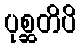
ပုစ္ဆတိပိ